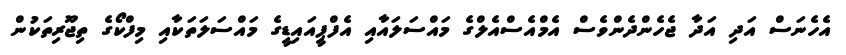
އެހެނަސް އަދި އަދާ ޖެހެންދެންވެސް އެމްއެސްއެލްގެ މައްސަލައާއި އެފްޕީއައިޑީގެ މައްސަލަތަކާއި މިފްކޯގެ ތިޖޫރިތަކުން